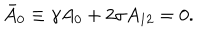
\bar { A } _ { 0 } \equiv \gamma A _ { 0 } + 2 \sigma A _ { 1 2 } = 0 .